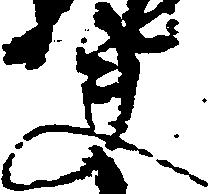
夫